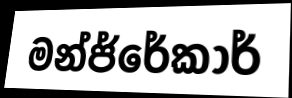
මන්ජ්රේකාර්